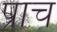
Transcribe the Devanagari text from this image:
प्राच